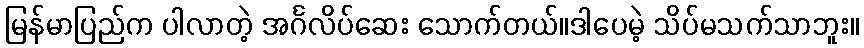
မြန်မာပြည်က ပါလာတဲ့ အင်္ဂလိပ်ဆေး သောက်တယ်။ဒါပေမဲ့ သိပ်မသက်သာဘူး။